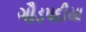
ગૌડપદીયા